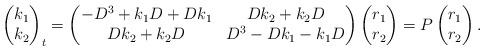
LaTeX: \begin{align*}\begin{pmatrix} k_1\\ k_2\end{pmatrix}_t = \begin{pmatrix} -D^3+k_1D+Dk_1&Dk_2+k_2D\\ Dk_2+k_2D& D^3-Dk_1-k_1D\end{pmatrix} \begin{pmatrix} r_1\\ r_2\end{pmatrix} = P\begin{pmatrix} r_1\\ r_2\end{pmatrix}.\end{align*}